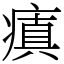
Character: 瘨